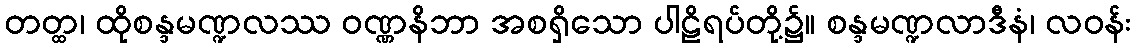
တတ္ထ၊ ထိုစန္ဒမဏ္ဍလဿ ဝဏ္ဏနိဘာ အစရှိသော ပါဠိရပ်တို့၌။ စန္ဒမဏ္ဍလာဒီနံ၊ လဝန်း